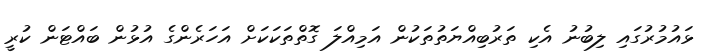
ޅައުމުރުގައި ލިބުނު އެކި ތަރުބިއްޔަތުތަކުން އަމިއްލަ ގޮތްތަކަކަށް އަހަރެންގެ އުޅުން ބައްޓަން ކުރީ